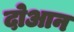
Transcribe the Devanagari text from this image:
दोआन